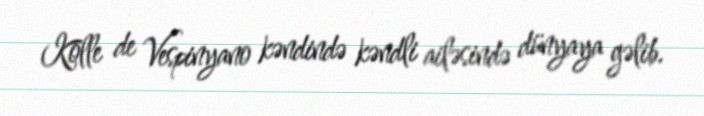
Kolle de Vespinyano kəndində kəndli ailəsində dünyaya gəlib.